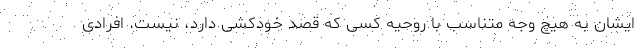
ایشان به هیچ وجه متناسب با روحیه کسی که قصد خودکشی دارد، نیست. افرادی